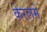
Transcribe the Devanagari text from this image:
केरलमें